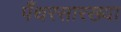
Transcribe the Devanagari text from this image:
पँथरसारख्या